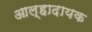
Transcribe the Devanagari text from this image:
आल्हादायक